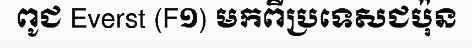
ពូជ Everst (F១) មកពីប្រទេសជប៉ុន